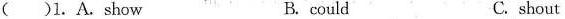
()1.A.show B.could C.shout